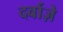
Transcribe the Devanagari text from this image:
दर्वाज़े